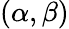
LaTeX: (\alpha,\beta)